Punjab Mental Hospital Lahore 1922-31 - 1922-1931
Year: 1922
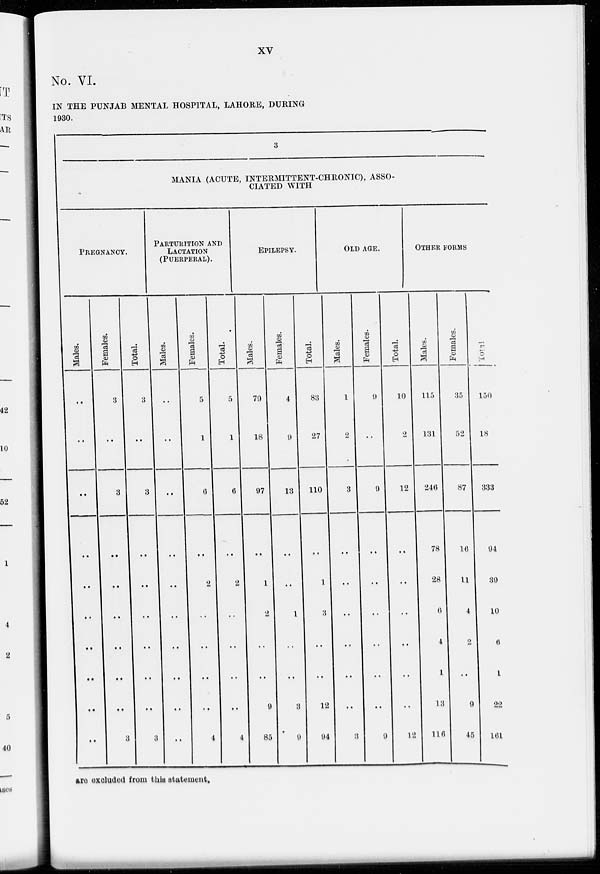
xv
No. VI.
IN THE PUNJAB MENTAL HOSPITAL, LAHORE, DURING
1930.
3
MANIA (ACUTE, INTERMITTENT-CHRONIC), ASSO-
CIATED WITH
PREGNANCY.
Males.
..
..
..
..
..
..
..
..
..
..
Females.
3
..
3
..
..
..
..
..
..
3
Total.
3
..
3
..
..
..
..
..
..
3
PARTURITION AND
LACTATION
(PUERPERAL).
Males.
..
..
..
..
..
..
..
..
..
..
Females.
5
1
6
..
2
..
..
..
..
4
Total.
5
1
6
..
2
..
..
..
..
4
EPILEPSY.
Males.
79
18
97
..
1
2
..
..
9
85
Females.
4
9
13
..
..
1
..
..
3
9
Total.
83
27
110
..
1
3
..
..
12
94
OLD AGE.
Males.
1
2
3
..
..
..
..
..
..
3
Females.
9
..
9
..
..
..
..
..
..
9
Total.
10
2
12
..
..
..
..
..
..
12
OTHER FORMS
Males.
115
131
246
78
28
6
4
1
13
116
Females.
35
52
87
16
11
4
2
..
9
45
Total.
150
183
333
94
39
10
6
1
22
161
are excluded from this statement.